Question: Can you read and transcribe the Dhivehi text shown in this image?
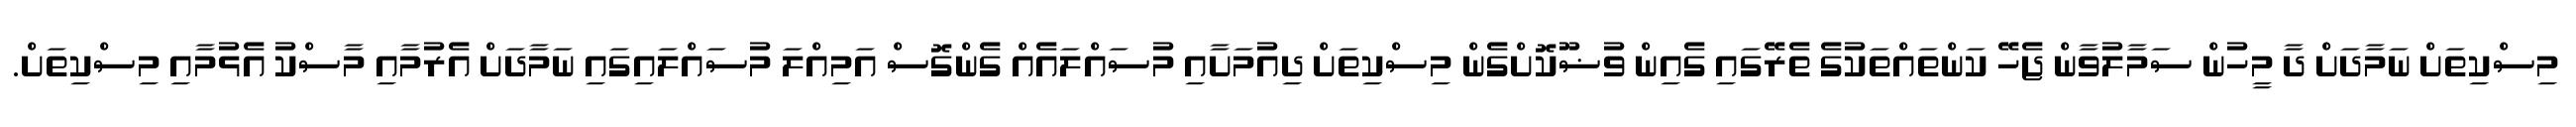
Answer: މިސްކިތަށް ނަމާދަށް ދާ މީހުން ސަމާލުވާން ޖެހޭ ކަންތައްތަކުގެ ތެރޭގައި ގެއިން ވުޟޫކޮށްގެން މިސްކިތަށް ދިއުމަށާއި މުސައްލައެއް ގެންގޮސް އަމިއްލަ މުސައްލައިގައި ނަމާދަށް އެރުމާއި މާސްކު އެޅުމާއި މިސްކިތަށް.